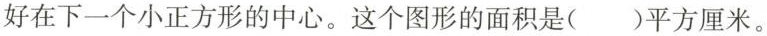
好在下一个小正方形的中心。这个图形的面积是( )平方厘米。